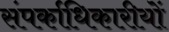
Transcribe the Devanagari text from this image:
संपर्काधिकारीयों